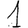
Digit: 1